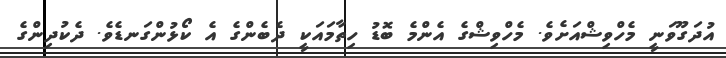
އުދަގޫވަނީ މެހްވިޝްއަށެވެ. މެހްވިޝްގެ އެންމެ ބޮޑު ހިތާމައަކީ ދެބެންގެ އެ ކޯޅުންގަނޑެވެ. ދެކުދިންގެ